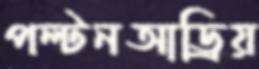
পল্টনআড্রিয়